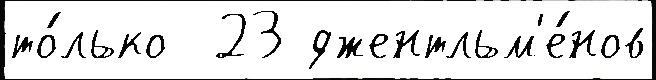
то́лько  23 джентльм'е́нов